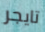
تايجر